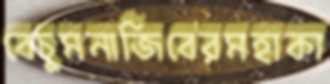
বেচুমনাজিবেরমহাকা